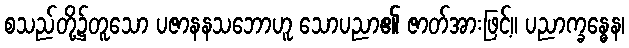
စသည်တို့၌တူသော ပဇာနနသဘောဟူ သောပညာ၏ ဇာတ်အားဖြင့်။ ပညာက္ခန္ဓေန၊